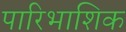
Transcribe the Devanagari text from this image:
पारिभाशिक